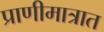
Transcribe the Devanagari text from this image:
प्राणीमात्रात